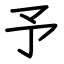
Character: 予